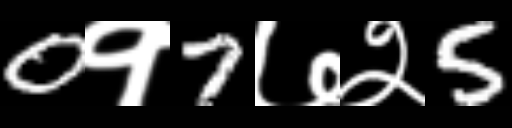
Text: 0१7७२5